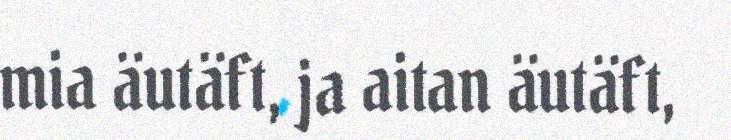
mia äutäft, ja aitan äutäft,